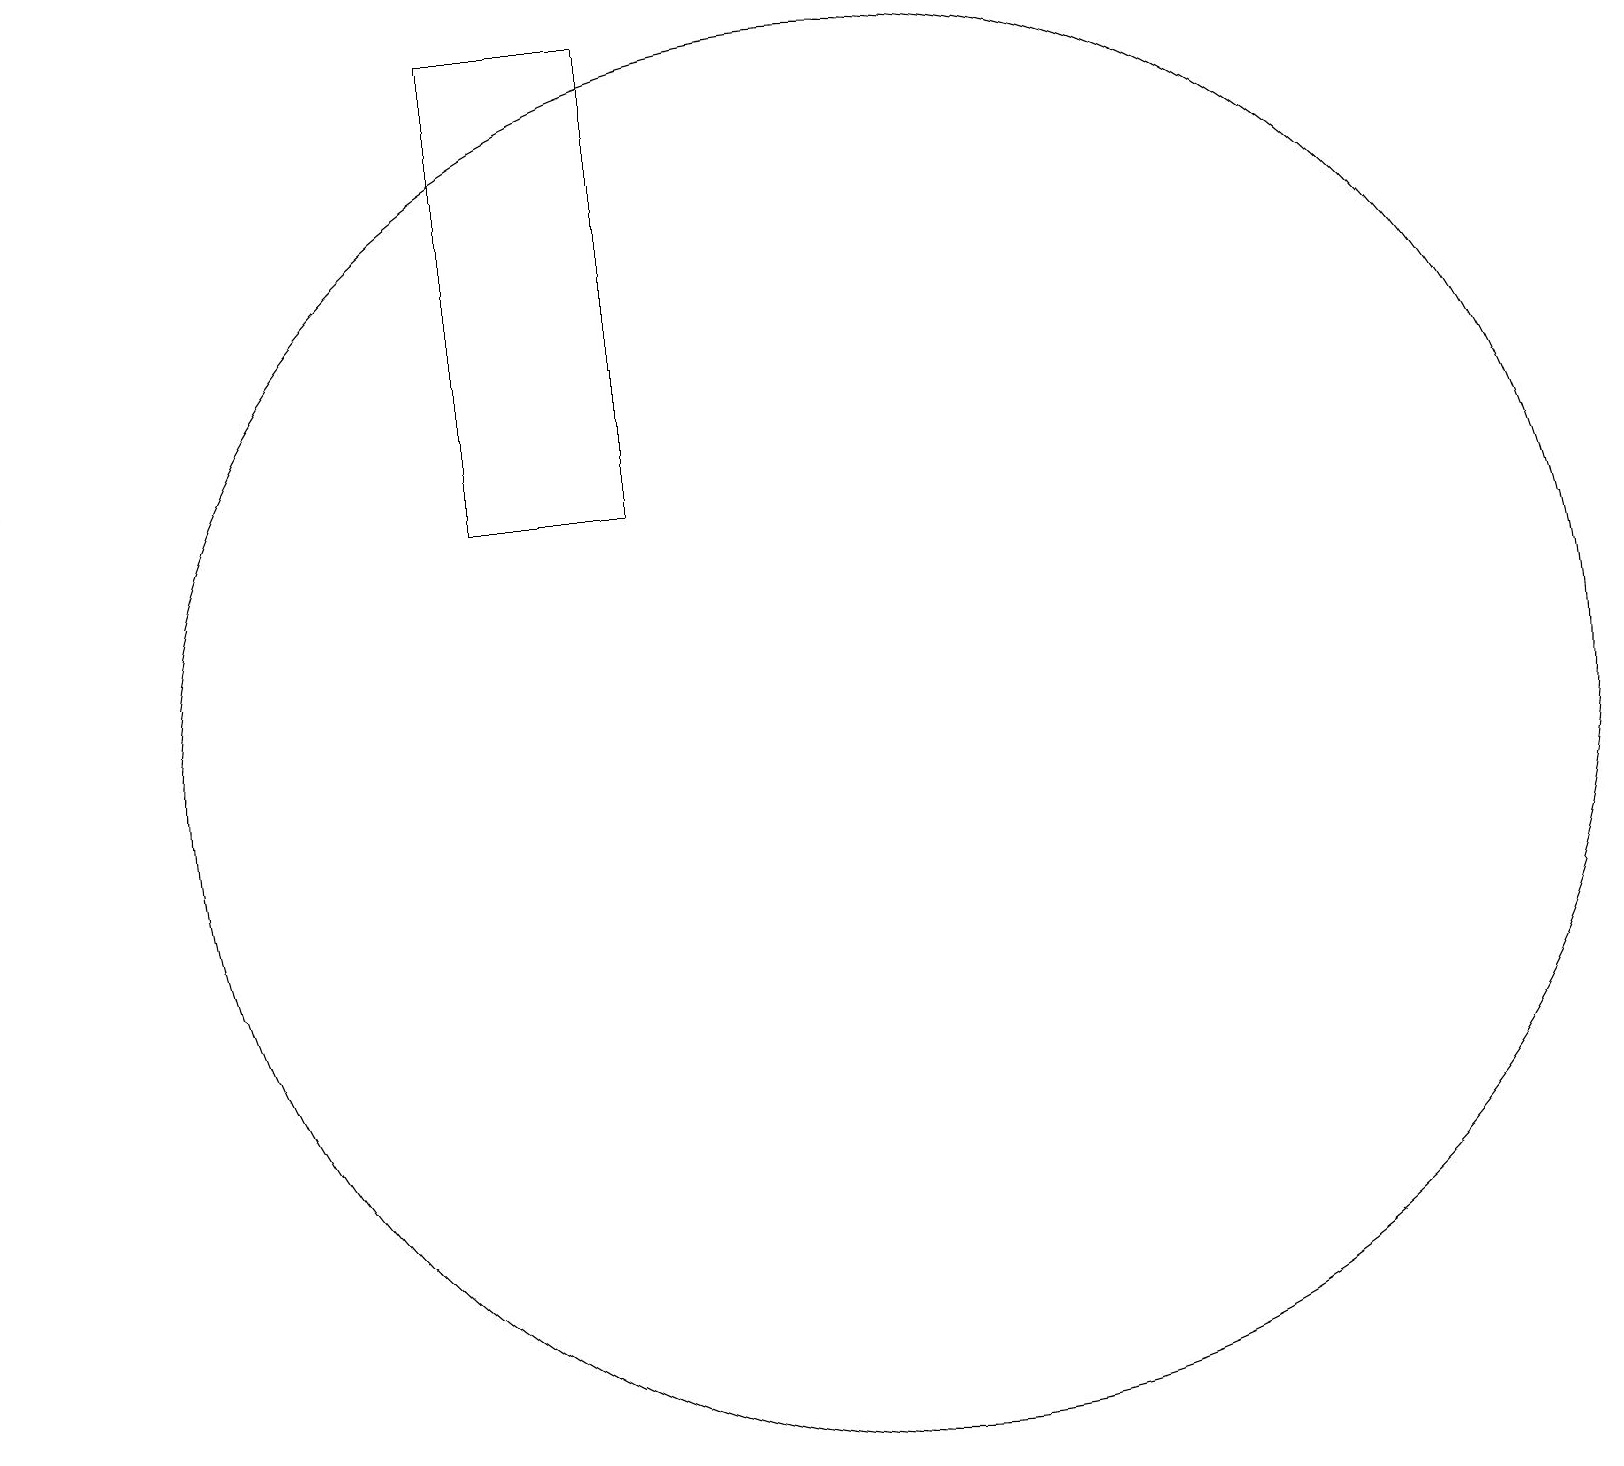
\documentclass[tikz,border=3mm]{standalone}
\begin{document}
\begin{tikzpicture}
\draw (9,19) rectangle (7,13);
\draw[->] (1,15) -- (1,14);
\draw (12,10) circle (9);
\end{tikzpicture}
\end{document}